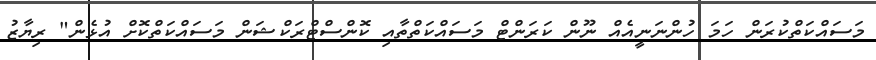
މަސައްކަތްކުރަން ހަމަ ހުންނަނީއެއް ނޫން ކަރަންޓް މަސައްކަތްތާއި ކޮންސްޓްރަކްޝަން މަސައްކަތްކޮށް އުޅެން" ރިޔާޒު